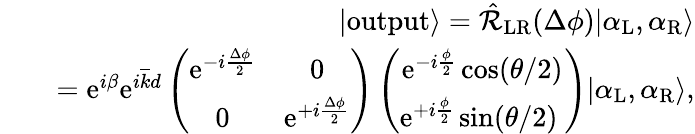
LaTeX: \begin{array}{rlr}&{}&{|\mathrm{output}\rangle=\hat{\mathcal{R}}_{\mathrm{LR}}(\Delta\phi)|\alpha_{\mathrm{L}},\alpha_{\mathrm{R}}\rangle}\\ &{}&{=\mathrm{e}^{i\beta}\mathrm{e}^{i\overline{{k}}d}\left(\begin{array}{cc}{\mathrm{e}^{-i\frac{\Delta\phi}{2}}}&{0}\\ {0}&{\mathrm{e}^{+i\frac{\Delta\phi}{2}}}\end{array}\right)\left(\begin{array}{c}{\mathrm{e}^{-i\frac{\phi}{2}}\cos(\theta/2)}\\ {\mathrm{e}^{+i\frac{\phi}{2}}\sin(\theta/2)\ }\end{array}\right)|\alpha_{\mathrm{L}},\alpha_{\mathrm{R}}\rangle,}\end{array}